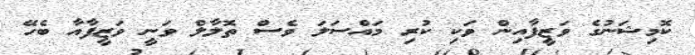
ކޮމިޝަނުގެ ވަޒީފާއިން ވަކި ކުރި މައްސަލަ ވެސް ތޮލާލް ވަނީ ވަޒީފާއާ ބެހޭ